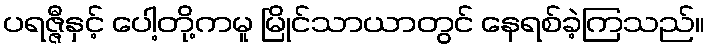
ပရဇ္ဇီနှင့် ပေါ့တို့ကမူ မြိုင်သာယာတွင် နေရစ်ခဲ့ကြသည်။